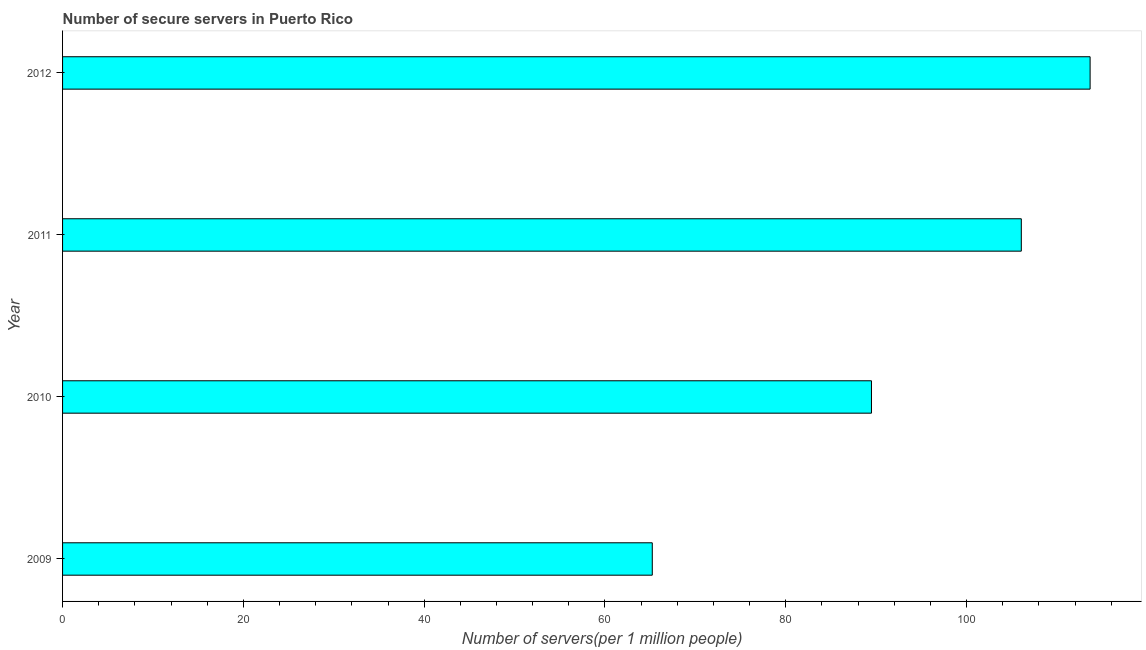
| Year | Secure Internet servers |
 | --- | --- |
 | 2009 | 65.2 |
 | 2010 | 89.5 |
 | 2011 | 106 |
 | 2012 | 114 |